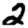
Digit: 2